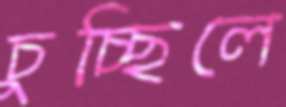
চুচ্ছিলে